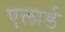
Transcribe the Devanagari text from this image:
एलार्ड